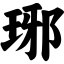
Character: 琊